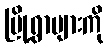
မြို့ရွာများကို